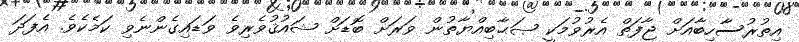
އިތުރުސާހިބާއަށް ޖާފަތް އެރުވުމަކީ ޞަޙާބިއްޔާތުން ވަރަށް ބޮޑަށް ޝައުޤުވެރިވެ ވަޑައިގެންނެވި ކަމެކެވެ. އެފަދަ